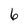
Character: 6